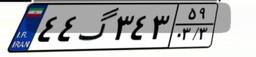
۱۷گ۷۷۰۸۲